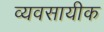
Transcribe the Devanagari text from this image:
व्यवसायीक